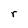
Character: r